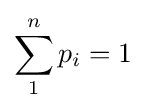
\sum _{1}^{n}p_{i}=1